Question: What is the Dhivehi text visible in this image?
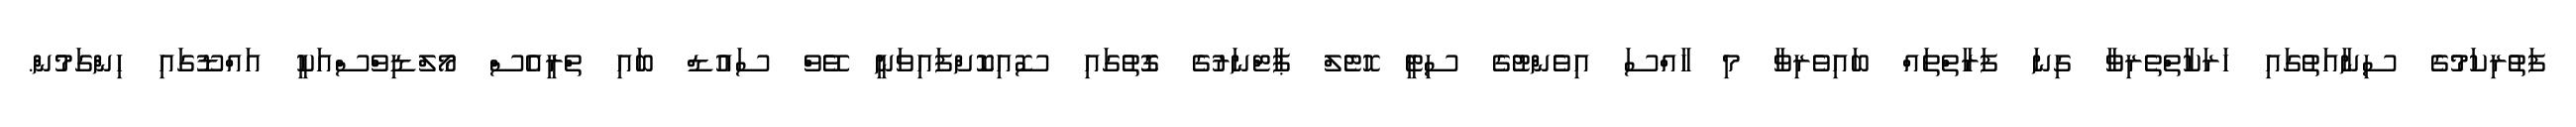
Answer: ފަތުރިކަމުގެ ސިނާއަތުގައި ހަރަކާތްތެރިވާ ގިނަ ފަރާތްތައް ބައިވެރިވާ މި ހާއްސަ އިވެންޓުގެ ސިޓީ ހޮޓެލް ޕާޓްނަރުގެ ގޮތުގައި ސޮއިކޮށްފައިވަނީ ވޭވް ސައުޑް ބައި ތްރީއެސް މޯލްޑިވްސްއަކީ އައްޑޫގައި ހިންގަމުން.